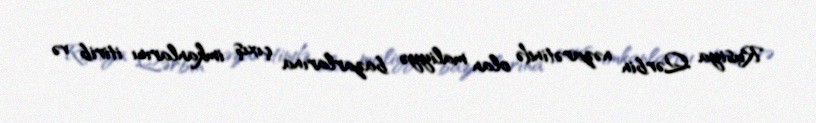
Rusiya Qərbin nəzarətində olan maliyyə bazarlarına çıxış imkanlarını itirib və